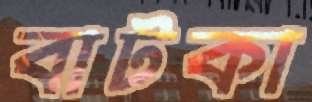
বাটকা